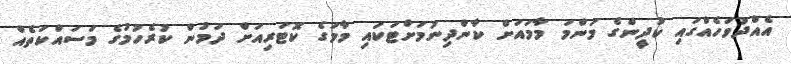
އެއްދުވަހެއްގައި ކުދީންގެ މަންމަ މާމައަށް ކާންދިނުމަށްޓަކައި މާމަގެ ކޮޓަރިއަށް ދަމުން ކުރެހުމުގެ މަސައްކަތެއް